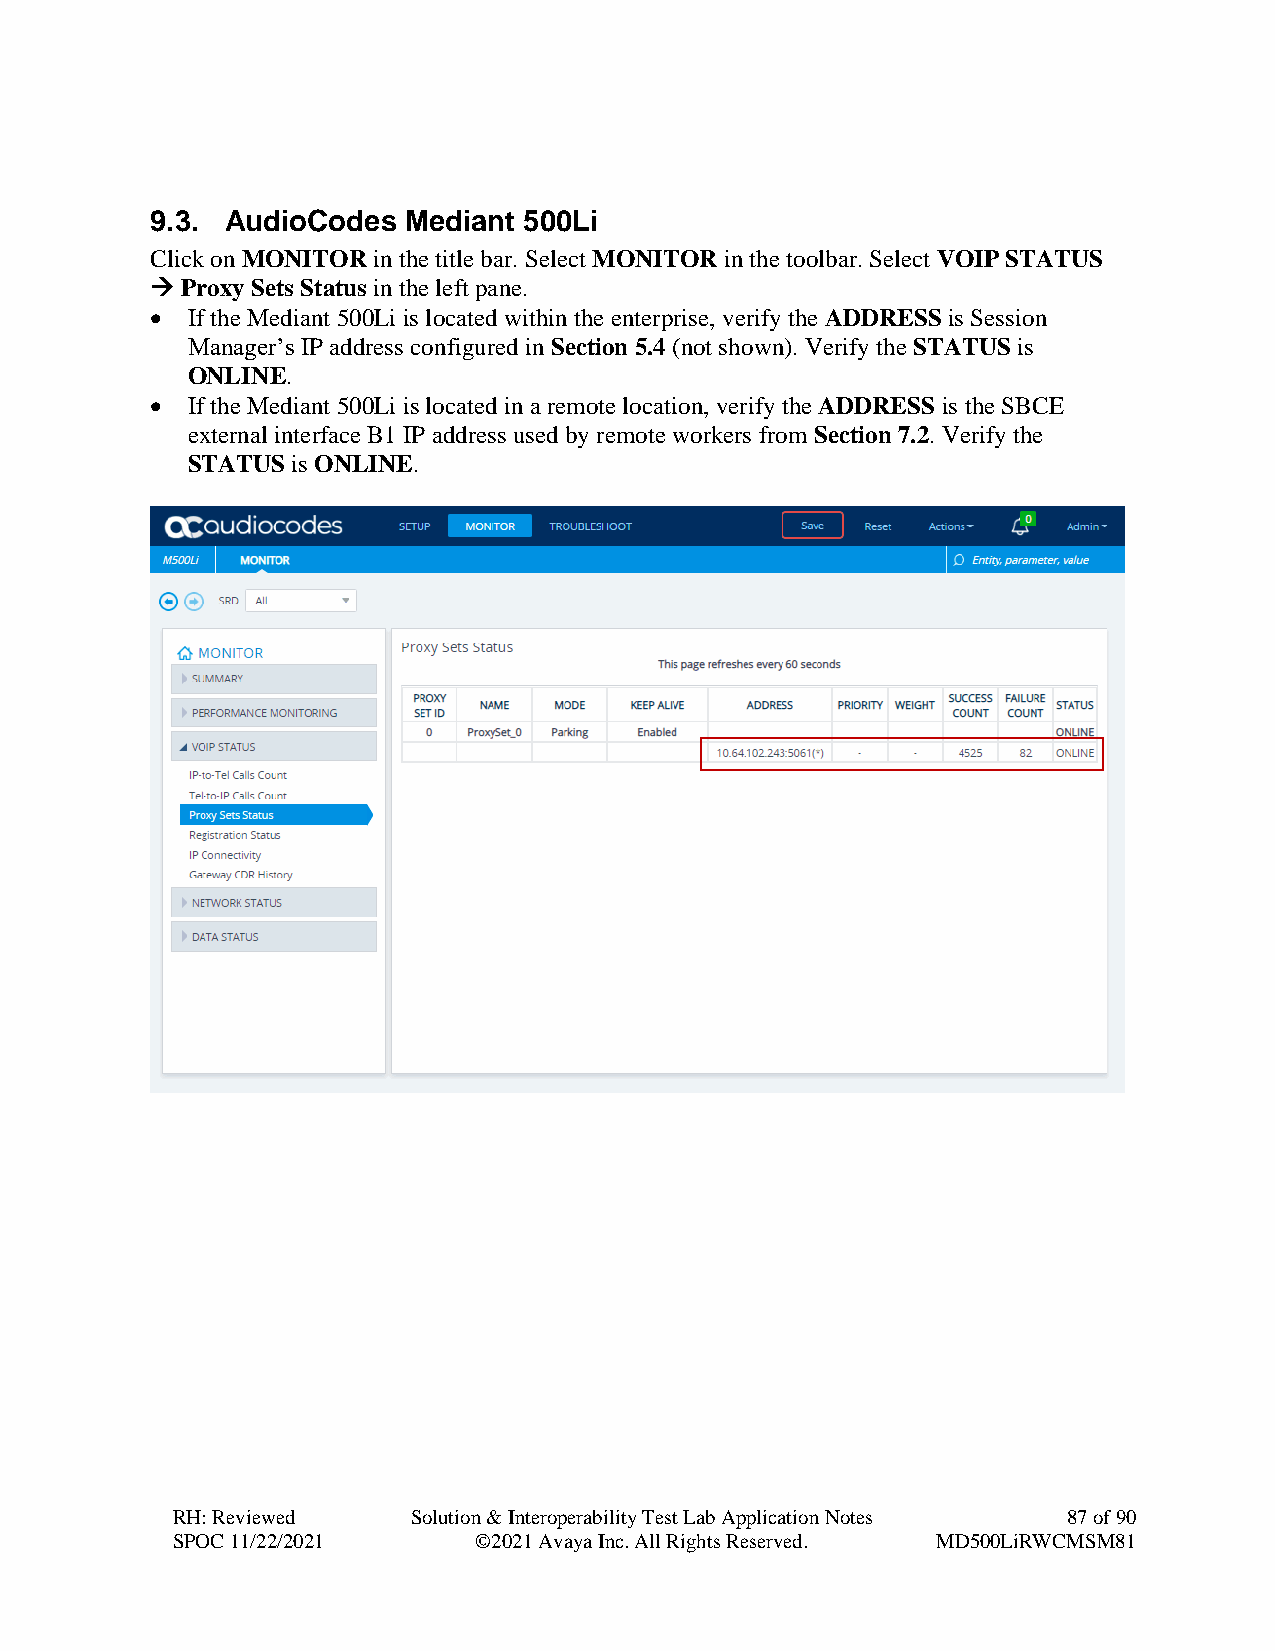
9.3. AudioCodes  Mediant 500Li
 Click on MONITOR in the title bar. Select MONITOR in the toolbar. Select VOIP STATUS
 → Proxy Sets Status in the left pane.
 • If the Mediant 500Li is located within the enterprise, verify the ADDRESS is Session
 Manager’s IP address configured in Section 5.4 (not shown). Verify the STATUS is
 ONLINE.
 • If the Mediant 500Li is located in a remote location, verify the ADDRESS is the SBCE
 external interface B1 IP address used by remote workers from Section 7.2. Verify the
 STATUS is ONLINE.
 RH: Reviewed    Solution & Interoperability Test Lab Application Notes 87 of 90
 SPOC 11/22/2021     ©2021 Avaya Inc. All Rights Reserved. MD500LiRWCMSM81